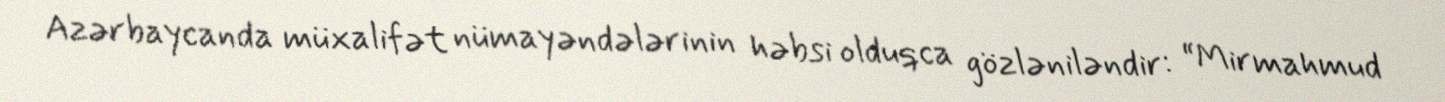
Azərbaycanda müxalifət nümayəndələrinin həbsi olduqca gözləniləndir: “Mirmahmud